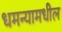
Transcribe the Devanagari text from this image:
धमन्यामधील